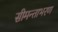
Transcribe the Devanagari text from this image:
सीमन्ताभरण